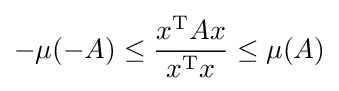
-\mu (-A)\leq {\frac {x^{\mathrm {T} }Ax}{x^{\mathrm {T} }x}}\leq \mu (A)